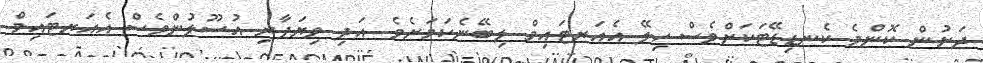
ދަށުން ކޮންމެ ކެނޑިޑޭޓަކަށްވެސް ހިލޭ އެއަރޓައިމް ލިބޭނެކަމަށެވެ. އަދި ވިޔަފާރި އުސޫލުންވެސް އެއަރޓައިމް